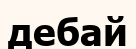
дебай